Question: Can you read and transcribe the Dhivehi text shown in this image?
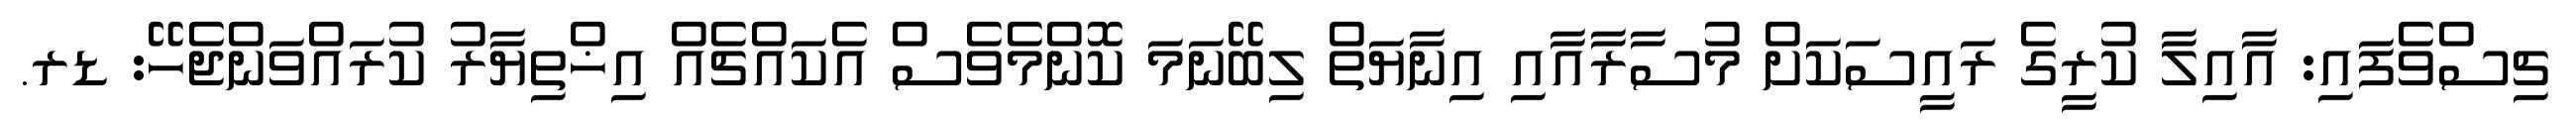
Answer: ޗިސްވެފައި: އާއިލާ ކުރީގެ ރައީސަކަށް މުސާރާއާއި އިނާޔަތް ލިބޭނަމަ ކޮންމެވެސް އެކައްޗެއް އިޚްތިޔާރު ކުރައްވަންޖެހޭ: ޑރ.